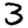
Digit: 3